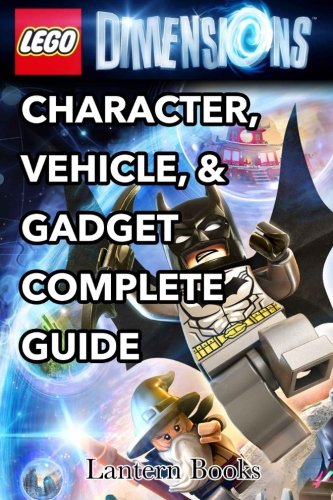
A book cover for Lego Dimensions - Character, Vehicle, & Gadget Complete Guide; Lantern Books; Humor & Entertainment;